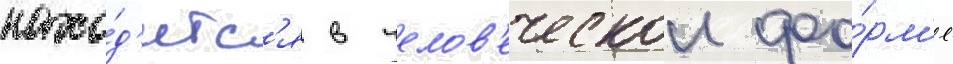
нахо́д'итс'я в челов'еческои фо́рм'е